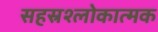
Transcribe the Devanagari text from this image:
सहस्रश्लोकात्मक